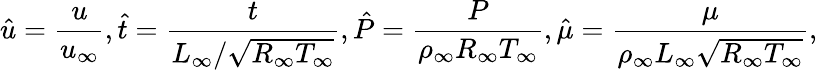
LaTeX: \hat{u}=\frac{u}{u_{\infty}},\hat{t}=\frac{t}{L_{\infty}/\sqrt{R_{\infty}T_{\infty}}},\hat{P}=\frac{P}{\rho_{\infty}R_{\infty}T_{\infty}},\hat{\mu}=\frac{\mu}{\rho_{\infty}L_{\infty}\sqrt{R_{\infty}T_{\infty}}},